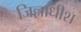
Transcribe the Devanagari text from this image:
जिल्लाधीश